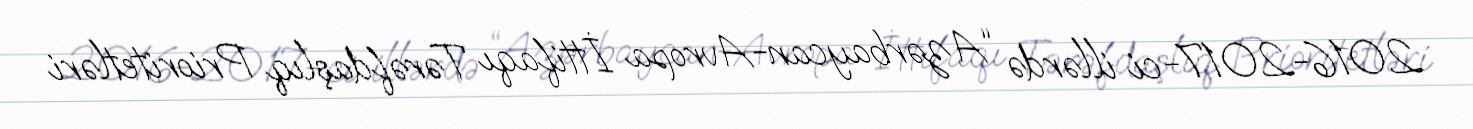
2016-2017-ci illərdə “Azərbaycan-Avropa İttifaqı Tərəfdaşlıq Prioritetləri